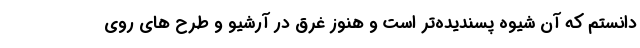
دانستم که آن شیوه پسندیده‌تر است و هنوز غرق در آرشیو و طرح های روی